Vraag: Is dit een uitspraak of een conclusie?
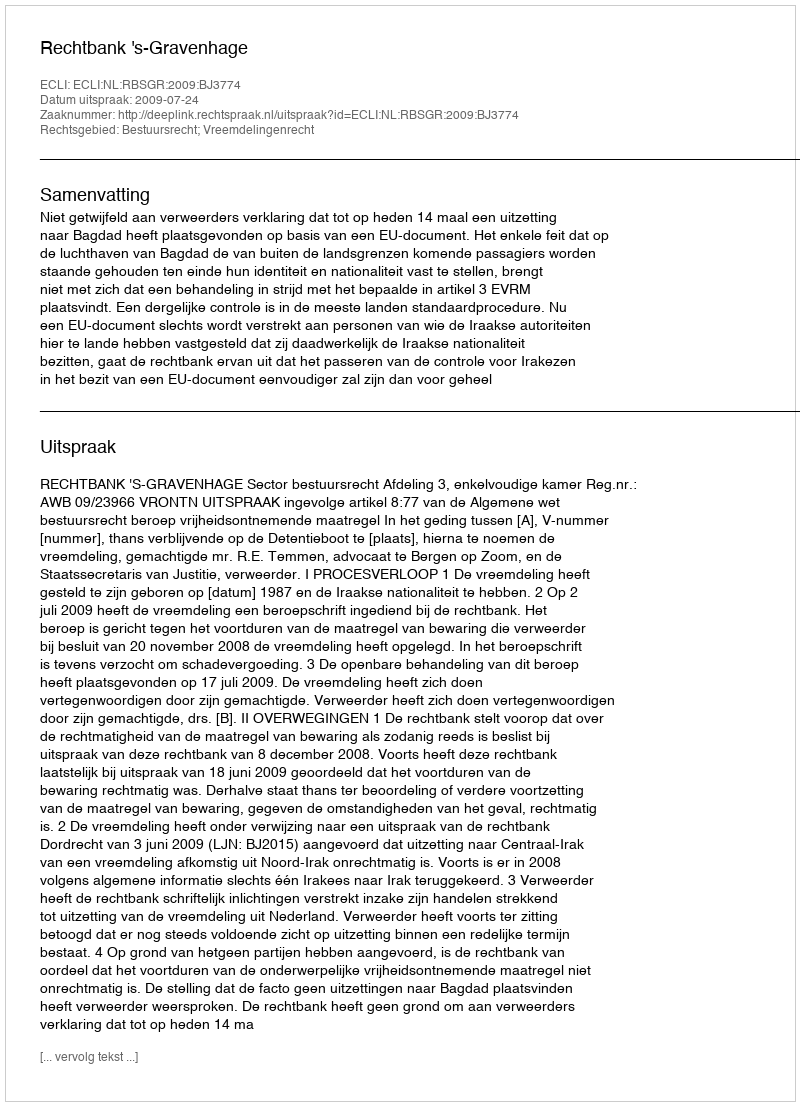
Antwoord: Uitspraak